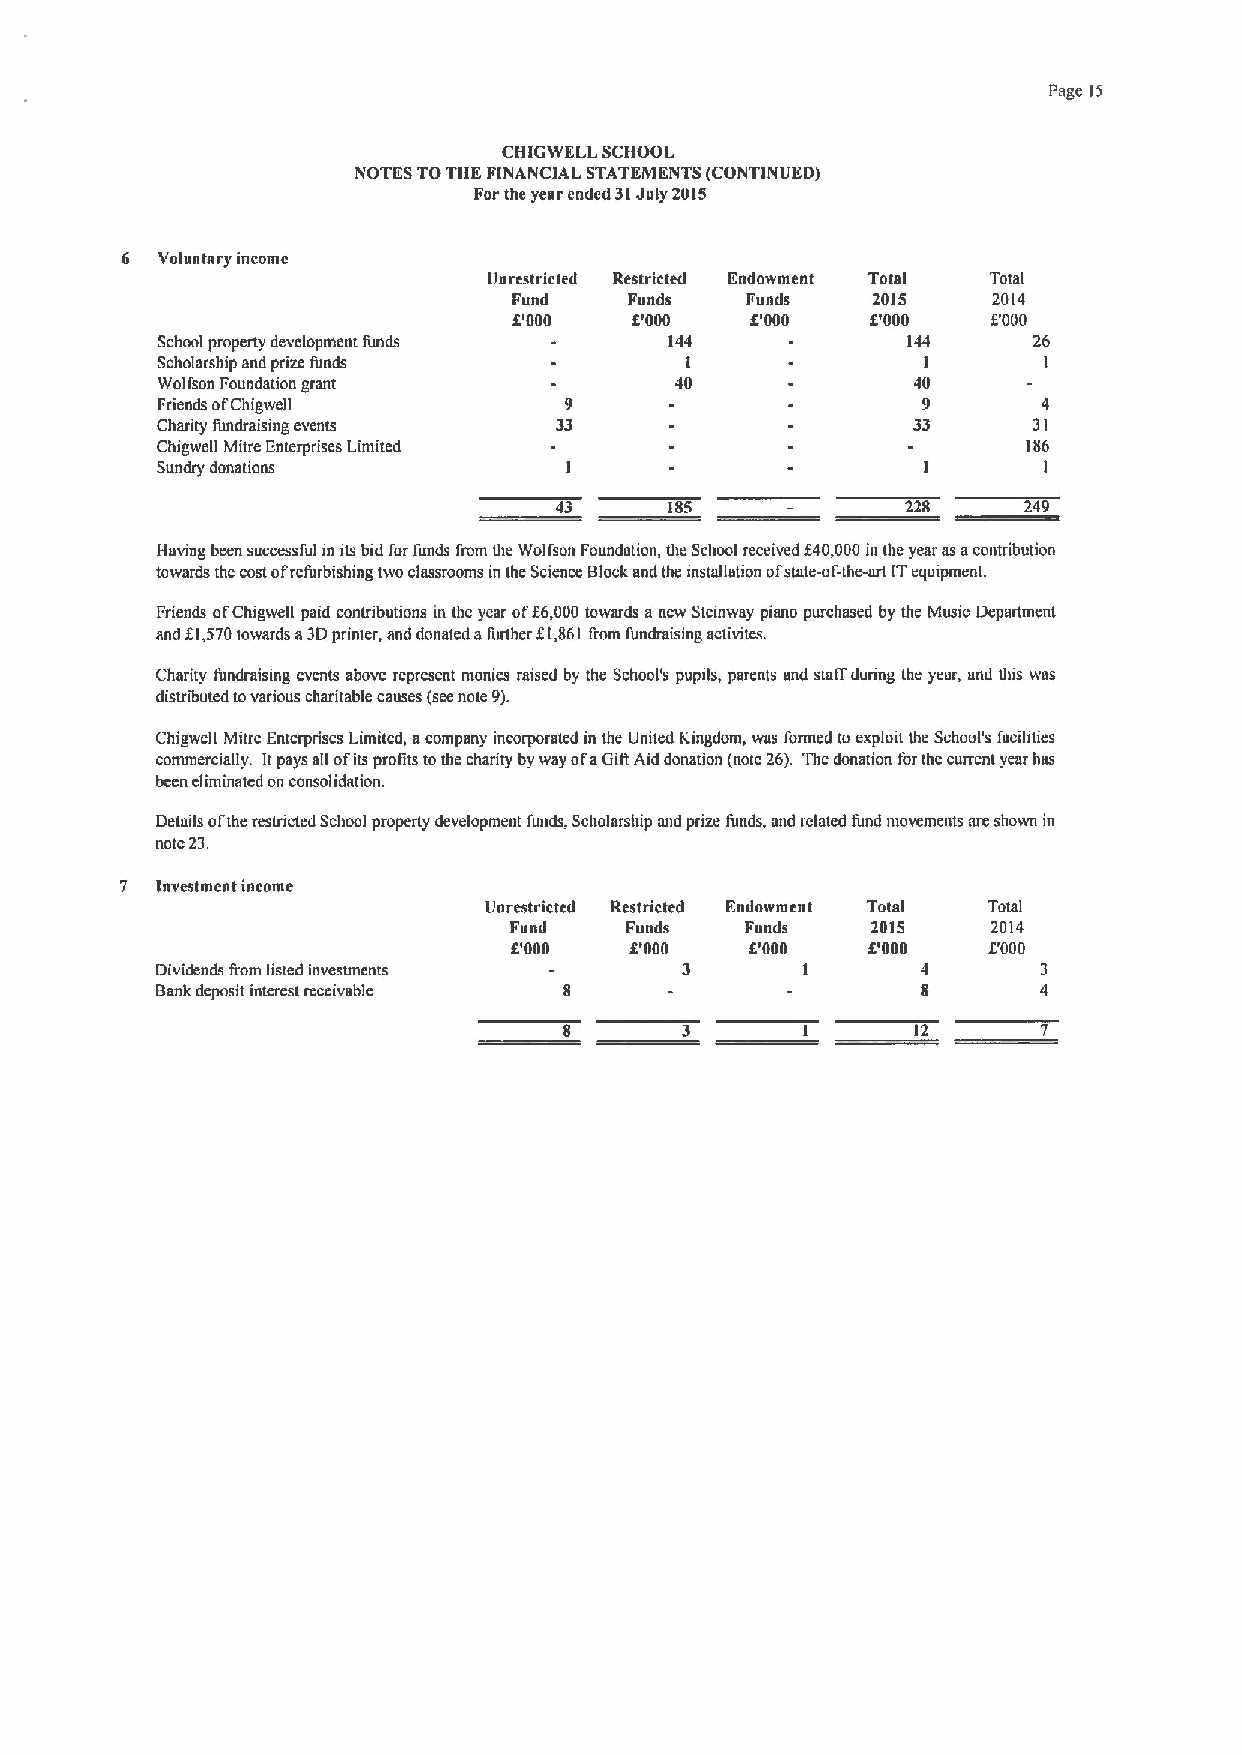
Page 15
 CHIGWELL SCIIOOL
 NOTES TOTHE FINANCIAL STATEMENTS (CONTINUED)
 Forthe year ended 31July 2015
 6 Voluntary income
 Unrestricted Restricted Endowment Total Total
 Fund    Funds  I'unde   2015    2014
 5'000   8'000   8'000   8'000   F000
 School property development funds 144             144     26
 Scholarship and prize funds        I               I       I
 Wolfson Foundation grant           40              40
 Friends ofChigwell         9                       9       4
 Charity fundraising events 33                     33      31
 Chigweg Mitre Enterprises Limited                         186
 Sundry donations                                           I
 43     185             228     249
 Having been successful m its bid for funds from the Wolfson Foundation, the Scbool received f40,000in the year as acontribution
 towards the costofrefurbishing two classrooms in the Science Blockand the installation ofstateof' theart ITequipment.
 Friends ofChigwell paid contnbutions in the year of66,000towards a new Steinway piano purchased by the Music Department
 and f 1,570towards a3Dprinter, and donated afmther Ã1,861 from fundraising activites.
 Charity fundraising events above represent monies raised by the School's pupils, parents and statf during the yeor, and diis was
 distributed tovarious charitable causes (seenote 9).
 Chigwell Mitre Enterprises Limited, acompany incorporated in the United Kingdom, was formed to exploit the School's facihties
 commercially. Itpays all ofits profits tothe charity by way ofaGiRAid donation (note 26). The donation for the current year hss
 been eliminated on consolidation.
 Details ofthe restricted School property development funds, Scholarship and prize funds, and related fund movements are shown in
 note 23.
 7 Investmcnt income
 Unrestricted Restricted Endowment Total Total
 Fund   Funds   Funds    2015    2014
 0'000   IP000   5'000   8'000  F000
 Dividends from listed investments  3       I       4       3
 Bank deposit interest receivable                   8       4
 8       3       I       12      7